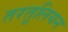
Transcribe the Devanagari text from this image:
तरतूलियन